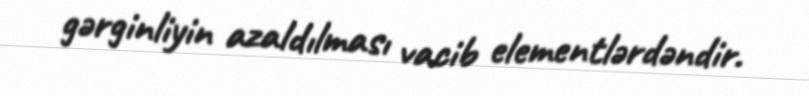
gərginliyin azaldılması vacib elementlərdəndir.